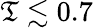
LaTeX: \mathfrak{T}\lesssim0.7